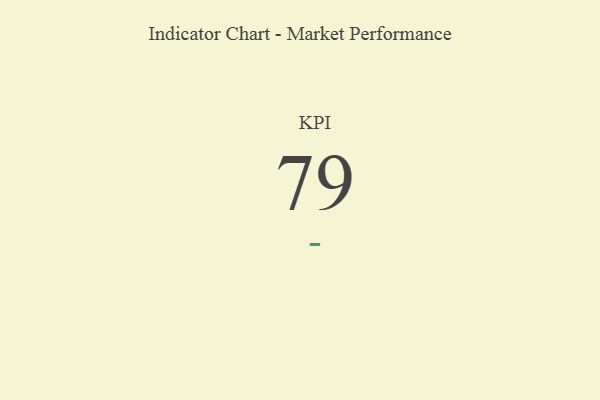
{"axis": {"x": "KPI", "y": "Value"}, "legend": [""], "data": [{"x": "KPI", "y": 79, "type": ""}]}